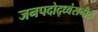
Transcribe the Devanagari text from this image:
जनपदोद्ध्वंसनीय